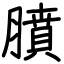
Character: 膹